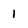
Character: 1